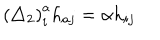
LaTeX: \left( \triangle _ { 2 } \right) _ { i } ^ { a } h _ { a j } = \alpha h _ { i j }